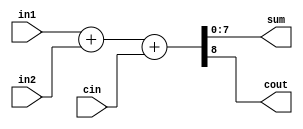
`timescale 1ns / 1ps
//////////////////////////////////////////////////////////////////////////////////
// 
// Design Name: 8 Bit Adder Using Concantenation in Verilog
// Module Name: concant_adder
//////////////////////////////////////////////////////////////////////////////////

//8-bit adder description
module concant_adder(sum,cout,in1,in2,cin);
input [7:0] in1,in2;
input cin;
output [7:0] sum;
output cout;

assign #20 {cout,sum}=in1+in2+cin; // Concantenation of cout and sum

endmodule